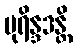
ပုရိန္ဒဒန္တိ